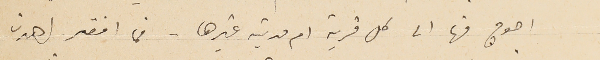
احوج منها الى كل قرية ام مدينة غيرها . فما افقر اهدن